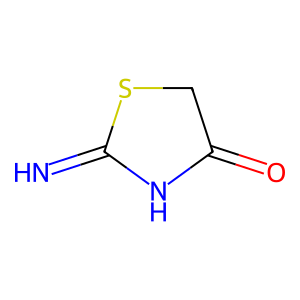
SMILES: N=C1NC(=O)CS1
Inhibits HIV replication: No